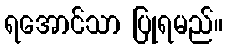
ရအောင်သာ ပြုရမည်။